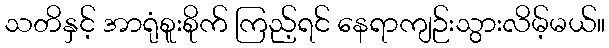
သတိနှင့် အာရုံစူးစိုက် ကြည့်ရင် နေရာကျဉ်းသွားလိမ့်မယ်။